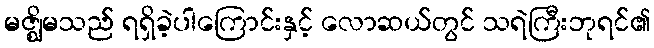
မဇ္ဈိမသည် ရရှိခဲ့ပါကြောင်းနှင့် လောဆယ်တွင် သရဲကြီးဘုရင်၏